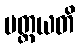
ပတ္ထယတိ